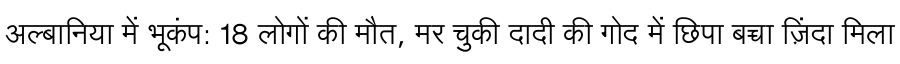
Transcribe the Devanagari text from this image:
अल्बानिया में भूकंप: 18 लोगों की मौत, मर चुकी दादी की गोद में छिपा बच्चा ज़िंदा मिला